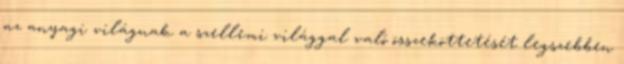
az anyagi világnak a szellemi világgal való összeköttetését legszebben